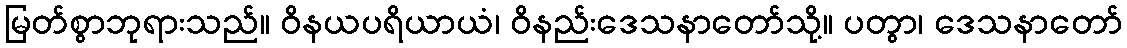
မြတ်စွာဘုရားသည်။ ဝိနယပရိယာယံ၊ ဝိနည်းဒေသနာတော်သို့။ ပတွာ၊ ဒေသနာတော်